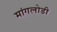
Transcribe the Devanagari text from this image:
मांगलोडी